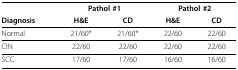
<table><thead><tr><td></td><td colspan="2"><b>Pathol #1</b></td><td colspan="2"><b>Pathol #2</b></td></tr><tr><td><b>Diagnosis</b></td><td><b>H&amp;E</b></td><td><b>CD</b></td><td><b>H&amp;E</b></td><td><b>CD</b></td></tr></thead><tbody><tr><td>Normal</td><td>21/60*</td><td>21/60*</td><td>22/60</td><td>22/60</td></tr><tr><td>CIN</td><td>22/60</td><td>22/60</td><td>22/60</td><td>22/60</td></tr><tr><td>SCC</td><td>17/60</td><td>17/60</td><td>16/60</td><td>16/60</td></tr></tbody></table>